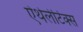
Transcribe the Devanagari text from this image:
ऐथेलेटिक्स